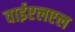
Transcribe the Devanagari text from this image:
वाईएलएल